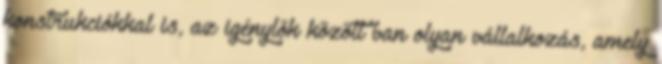
konstrukciókkal is, az igénylők között van olyan vállalkozás, amely